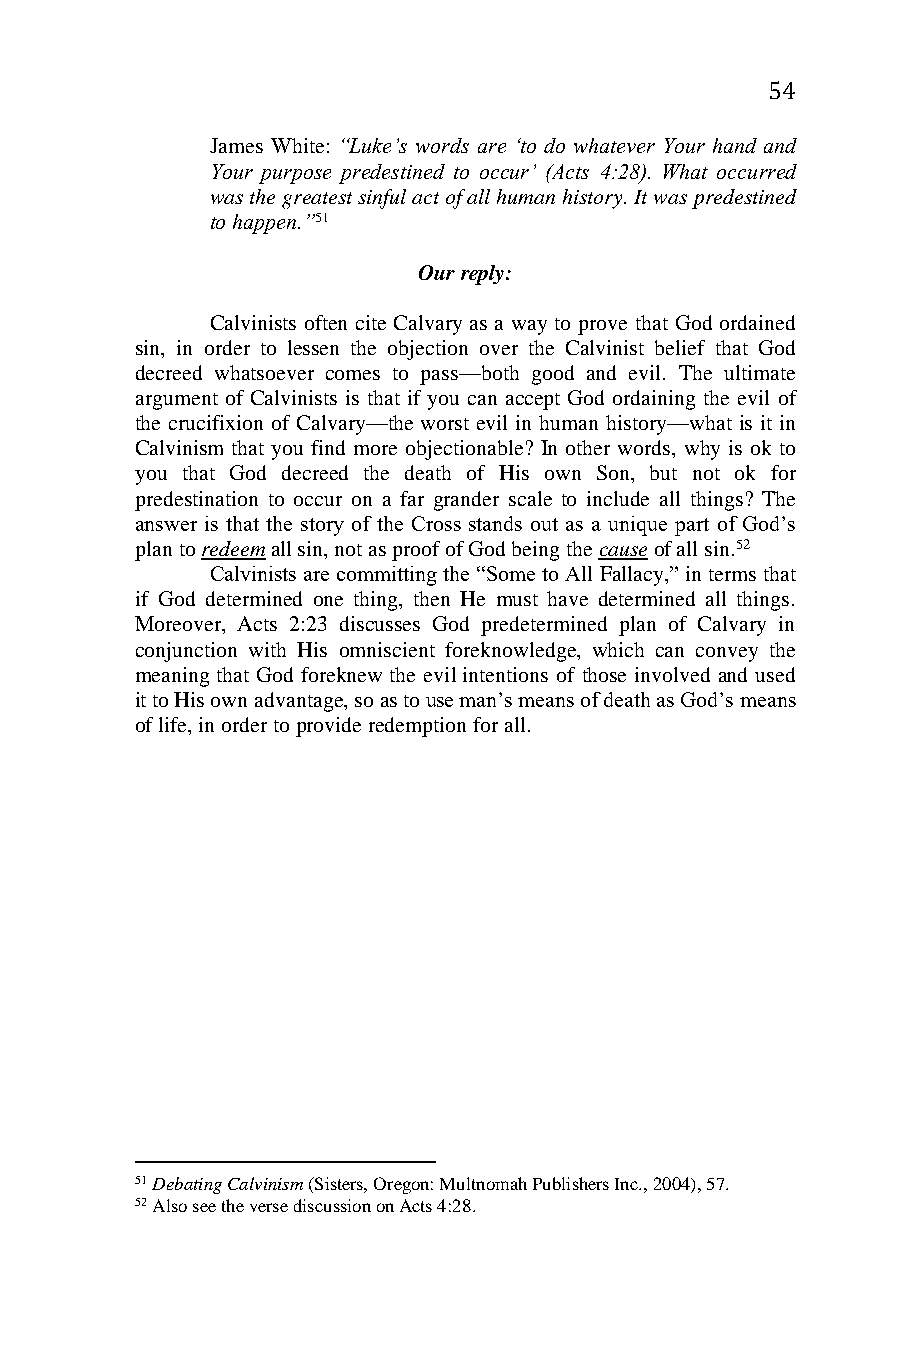
54
 James White: “Luke’s words are ‘to do whatever Your hand and
 Your purpose predestined to occur’ (Acts 4:28). What occurred
 was the greatest sinful act of all human history. It was predestined
 to happen.”51
 Our reply:
 Calvinists often cite Calvary as a way to prove that God ordained
 sin, in order to lessen the objection over the Calvinist belief that God
 decreed whatsoever comes to pass—both good and evil. The ultimate
 argument of Calvinists is that if you can accept God ordaining the evil of
 the crucifixion of Calvary—the worst evil in human history—what is it in
 Calvinism that you find more objectionable? In other words, why is ok to
 you that God decreed the death of His own Son, but not ok for
 predestination to occur on a far grander scale to include all things? The
 answer is that the story of the Cross stands out as a unique part of God’s
 plan to redeem all sin, not as proof of God being the cause of all sin.52
 Calvinists are committing the “Some to All Fallacy,” in terms that
 if God determined one thing, then He must have determined all things.
 Moreover, Acts 2:23 discusses God predetermined plan of Calvary in
 conjunction with His omniscient foreknowledge, which can convey the
 meaning that God foreknew the evil intentions of those involved and used
 it to His own advantage, so as to use man’s means of death as God’s means
 of life, in order to provide redemption for all.
 51 Debating Calvinism (Sisters, Oregon: Multnomah Publishers Inc., 2004), 57.
 52 Also see the verse discussion on Acts 4:28.